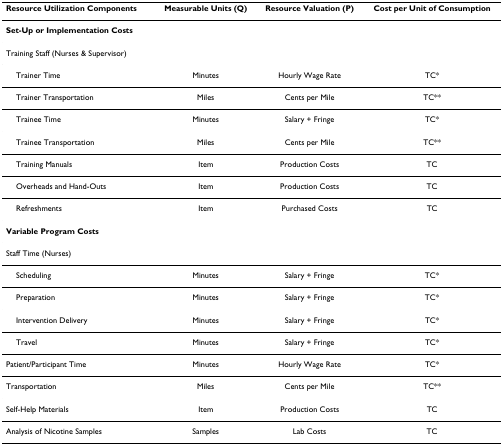
<table><thead><tr><td><b>Resource Utilization Components</b></td><td><b>Measurable Units (Q)</b></td><td><b>Resource Valuation (P)</b></td><td><b>Cost per Unit of Consumption</b></td></tr></thead><tbody><tr><td colspan="4"><b>Set-Up or Implementation Costs</b></td></tr><tr><td>Training Staff (Nurses &amp; Supervisor)</td><td></td><td></td><td></td></tr><tr><td> Trainer Time</td><td>Minutes</td><td>Hourly Wage Rate</td><td>TC*</td></tr><tr><td> Trainer Transportation</td><td>Miles</td><td>Cents per Mile</td><td>TC**</td></tr><tr><td> Trainee Time</td><td>Minutes</td><td>Salary + Fringe</td><td>TC*</td></tr><tr><td> Trainee Transportation</td><td>Miles</td><td>Cents per Mile</td><td>TC**</td></tr><tr><td> Training Manuals</td><td>Item</td><td>Production Costs</td><td>TC</td></tr><tr><td> Overheads and Hand-Outs</td><td>Item</td><td>Production Costs</td><td>TC</td></tr><tr><td> Refreshments</td><td>Item</td><td>Purchased Costs</td><td>TC</td></tr><tr><td colspan="4"><b>Variable Program Costs</b></td></tr><tr><td>Staff Time (Nurses)</td><td></td><td></td><td></td></tr><tr><td> Scheduling</td><td>Minutes</td><td>Salary + Fringe</td><td>TC*</td></tr><tr><td> Preparation</td><td>Minutes</td><td>Salary + Fringe</td><td>TC*</td></tr><tr><td> Intervention Delivery</td><td>Minutes</td><td>Salary + Fringe</td><td>TC*</td></tr><tr><td> Travel</td><td>Minutes</td><td>Salary + Fringe</td><td>TC*</td></tr><tr><td>Patient/Participant Time</td><td>Minutes</td><td>Hourly Wage Rate</td><td>TC*</td></tr><tr><td>Transportation</td><td>Miles</td><td>Cents per Mile</td><td>TC**</td></tr><tr><td>Self-Help Materials</td><td>Item</td><td>Production Costs</td><td>TC</td></tr><tr><td>Analysis of Nicotine Samples</td><td>Samples</td><td>Lab Costs</td><td>TC</td></tr></tbody></table>